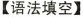
【语法填空】